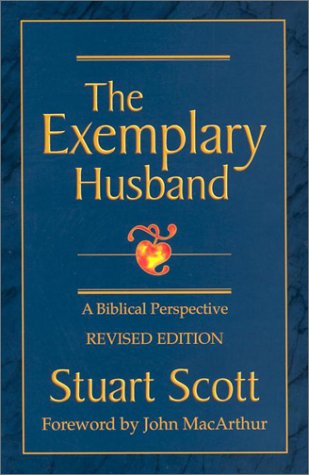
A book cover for The Exemplary Husband: A Biblical Perspective; Stuart Scott; Parenting & Relationships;